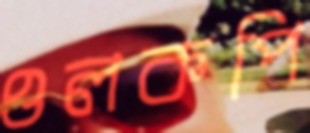
ওলকপি